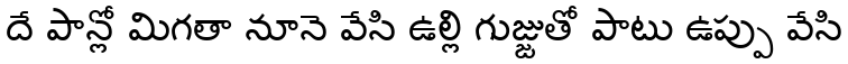
దే పాన్లో మిగతా నూనె వేసి ఉల్లి గుజ్జుతో పాటు ఉప్పు వేసి